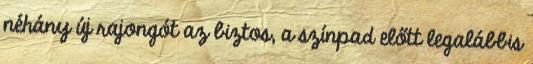
néhány új rajongót az biztos, a színpad előtt legalábbis